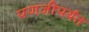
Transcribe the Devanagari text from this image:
पणजीपर्यंत